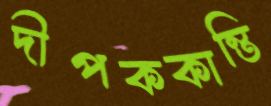
দীপককান্তি